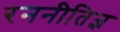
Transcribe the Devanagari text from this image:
रननीतिज्ञ